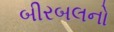
બીરબલનો